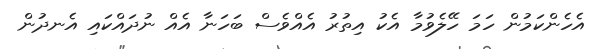
އެހެންކަމުން ހަމަ ހޭލެވުމާ އެކު އިތުރު އެއްވެސް ބަހަނާ އެއް ނުދައްކައި އެނދުން